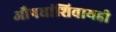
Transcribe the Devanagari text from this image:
औषधांशिवायही